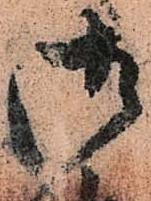
御